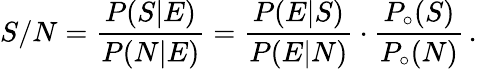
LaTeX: S/N=\frac{P(S|E)}{P(N|E)}=\frac{P(E|S)}{P(E|N)}\cdot\frac{P_{\circ}(S)}{P_{\circ}(N)}\, .